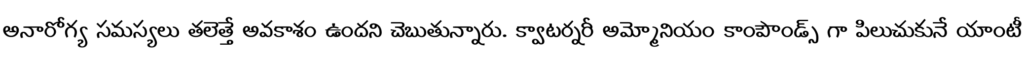
అనారోగ్య సమస్యలు తలెత్తే అవకాశం ఉందని చెబుతున్నారు. క్వాటర్నరీ అమ్మోనియం కాంపౌండ్స్ గా పిలుచుకునే యాంటీ